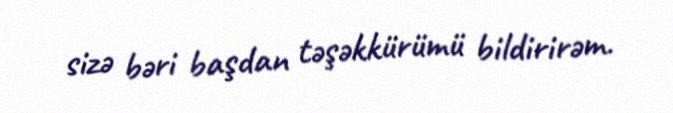
sizə bəri başdan təşəkkürümü bildirirəm.